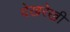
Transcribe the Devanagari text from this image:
देखरेखी